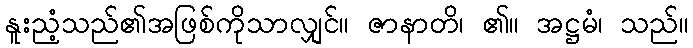
နူးညံ့သည်၏အဖြစ်ကိုသာလျှင်။ ဇာနာတိ၊ ၏။ အဋ္ဌမံ၊ သည်။